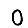
Digit: 0